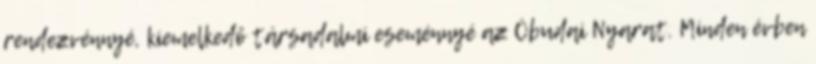
rendezvénnyé, kiemelkedő társadalmi eseménnyé az Óbudai Nyarat. Minden évben